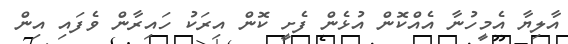
އާލިޔާ އެމީހުނާ އެއްކޮން އުޅެން ފެށީ ކޮން އިރަކު ހައިރާން ވެފައި އިން